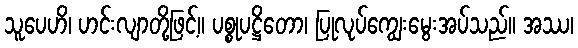
သူပေဟိ၊ ဟင်းလျာတို့ဖြင့်။ ပစ္စုပဋ္ဌိတော၊ ပြုလုပ်ကျွေးမွေးအပ်သည်။ အဿ၊